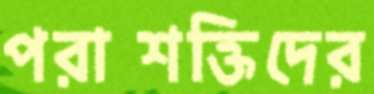
পরাশক্তিদের